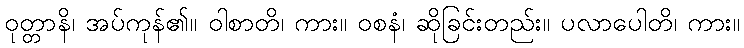
ဝုတ္တာနိ၊ အပ်ကုန်၏။ ဝါစာတိ၊ ကား။ ဝစနံ၊ ဆိုခြင်းတည်း။ ပလာပေါတိ၊ ကား။